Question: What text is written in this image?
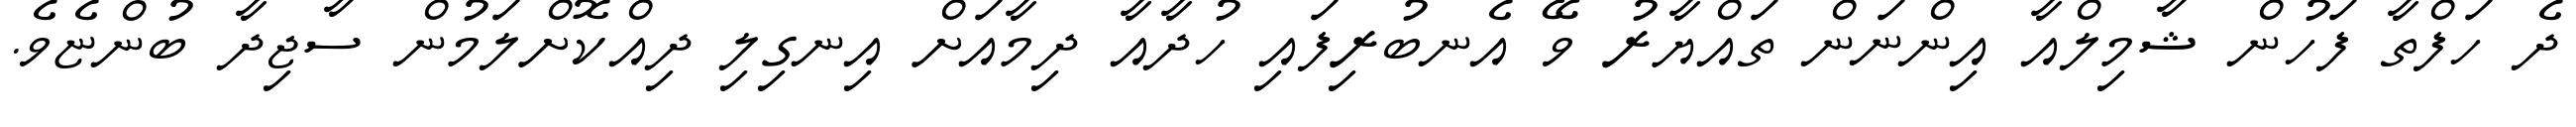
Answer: ދެ ހަފްތާ ފަހުން ޝާމިލްއާ އިންނަން ތައްޔާރު ވޭ އެނބުރިފައި ހުދާއާ ދިމާއަށް އިނގިލި ދިއްކޮށްލަމުން ސާޖިދާ ބުންޏެވެ.